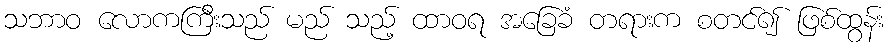
သဘာဝ လောကကြီးသည် မည် သည့် ထာဝရ အခြေခံ တရားက စတင်၍ ဖြစ်ထွန်း